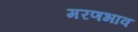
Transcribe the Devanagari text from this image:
मरणभाव